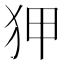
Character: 狎